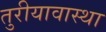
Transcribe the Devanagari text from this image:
तुरीयावास्था